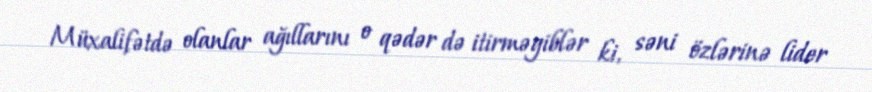
Müxalifətdə olanlar ağıllarını o qədər də itirməyiblər ki, səni özlərinə lider